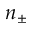
n _ { \pm }